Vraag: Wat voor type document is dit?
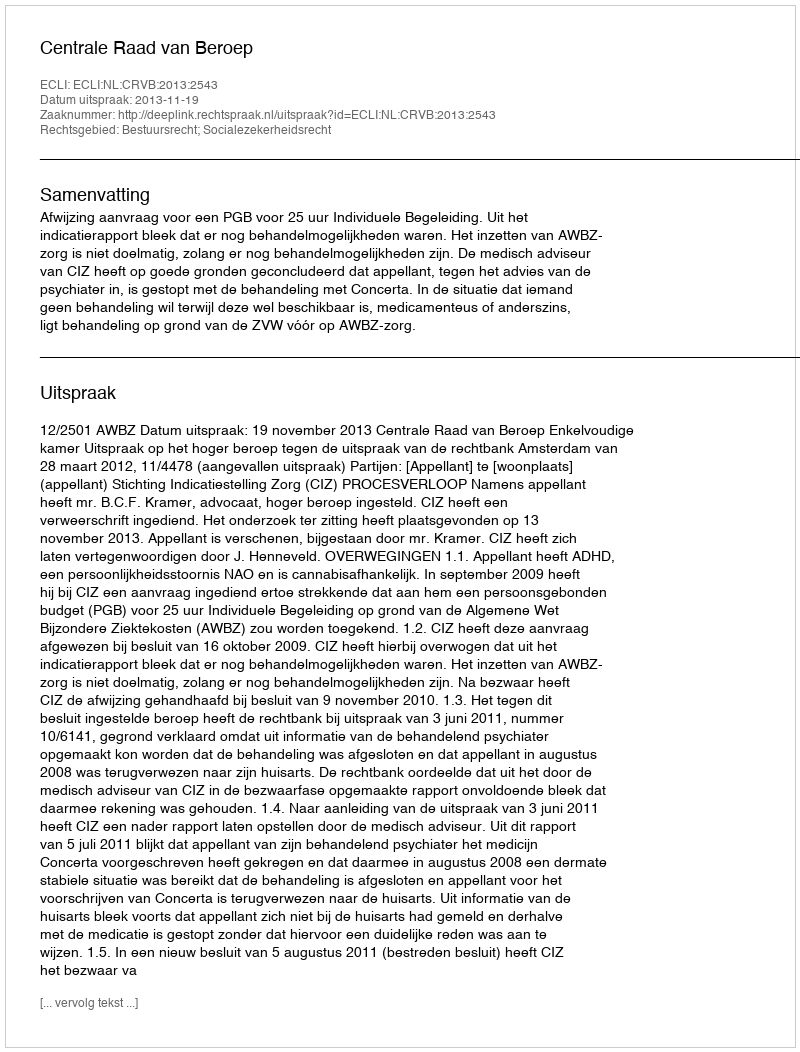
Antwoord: Uitspraak